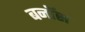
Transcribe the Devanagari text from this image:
बनॉस